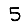
Digit: 5